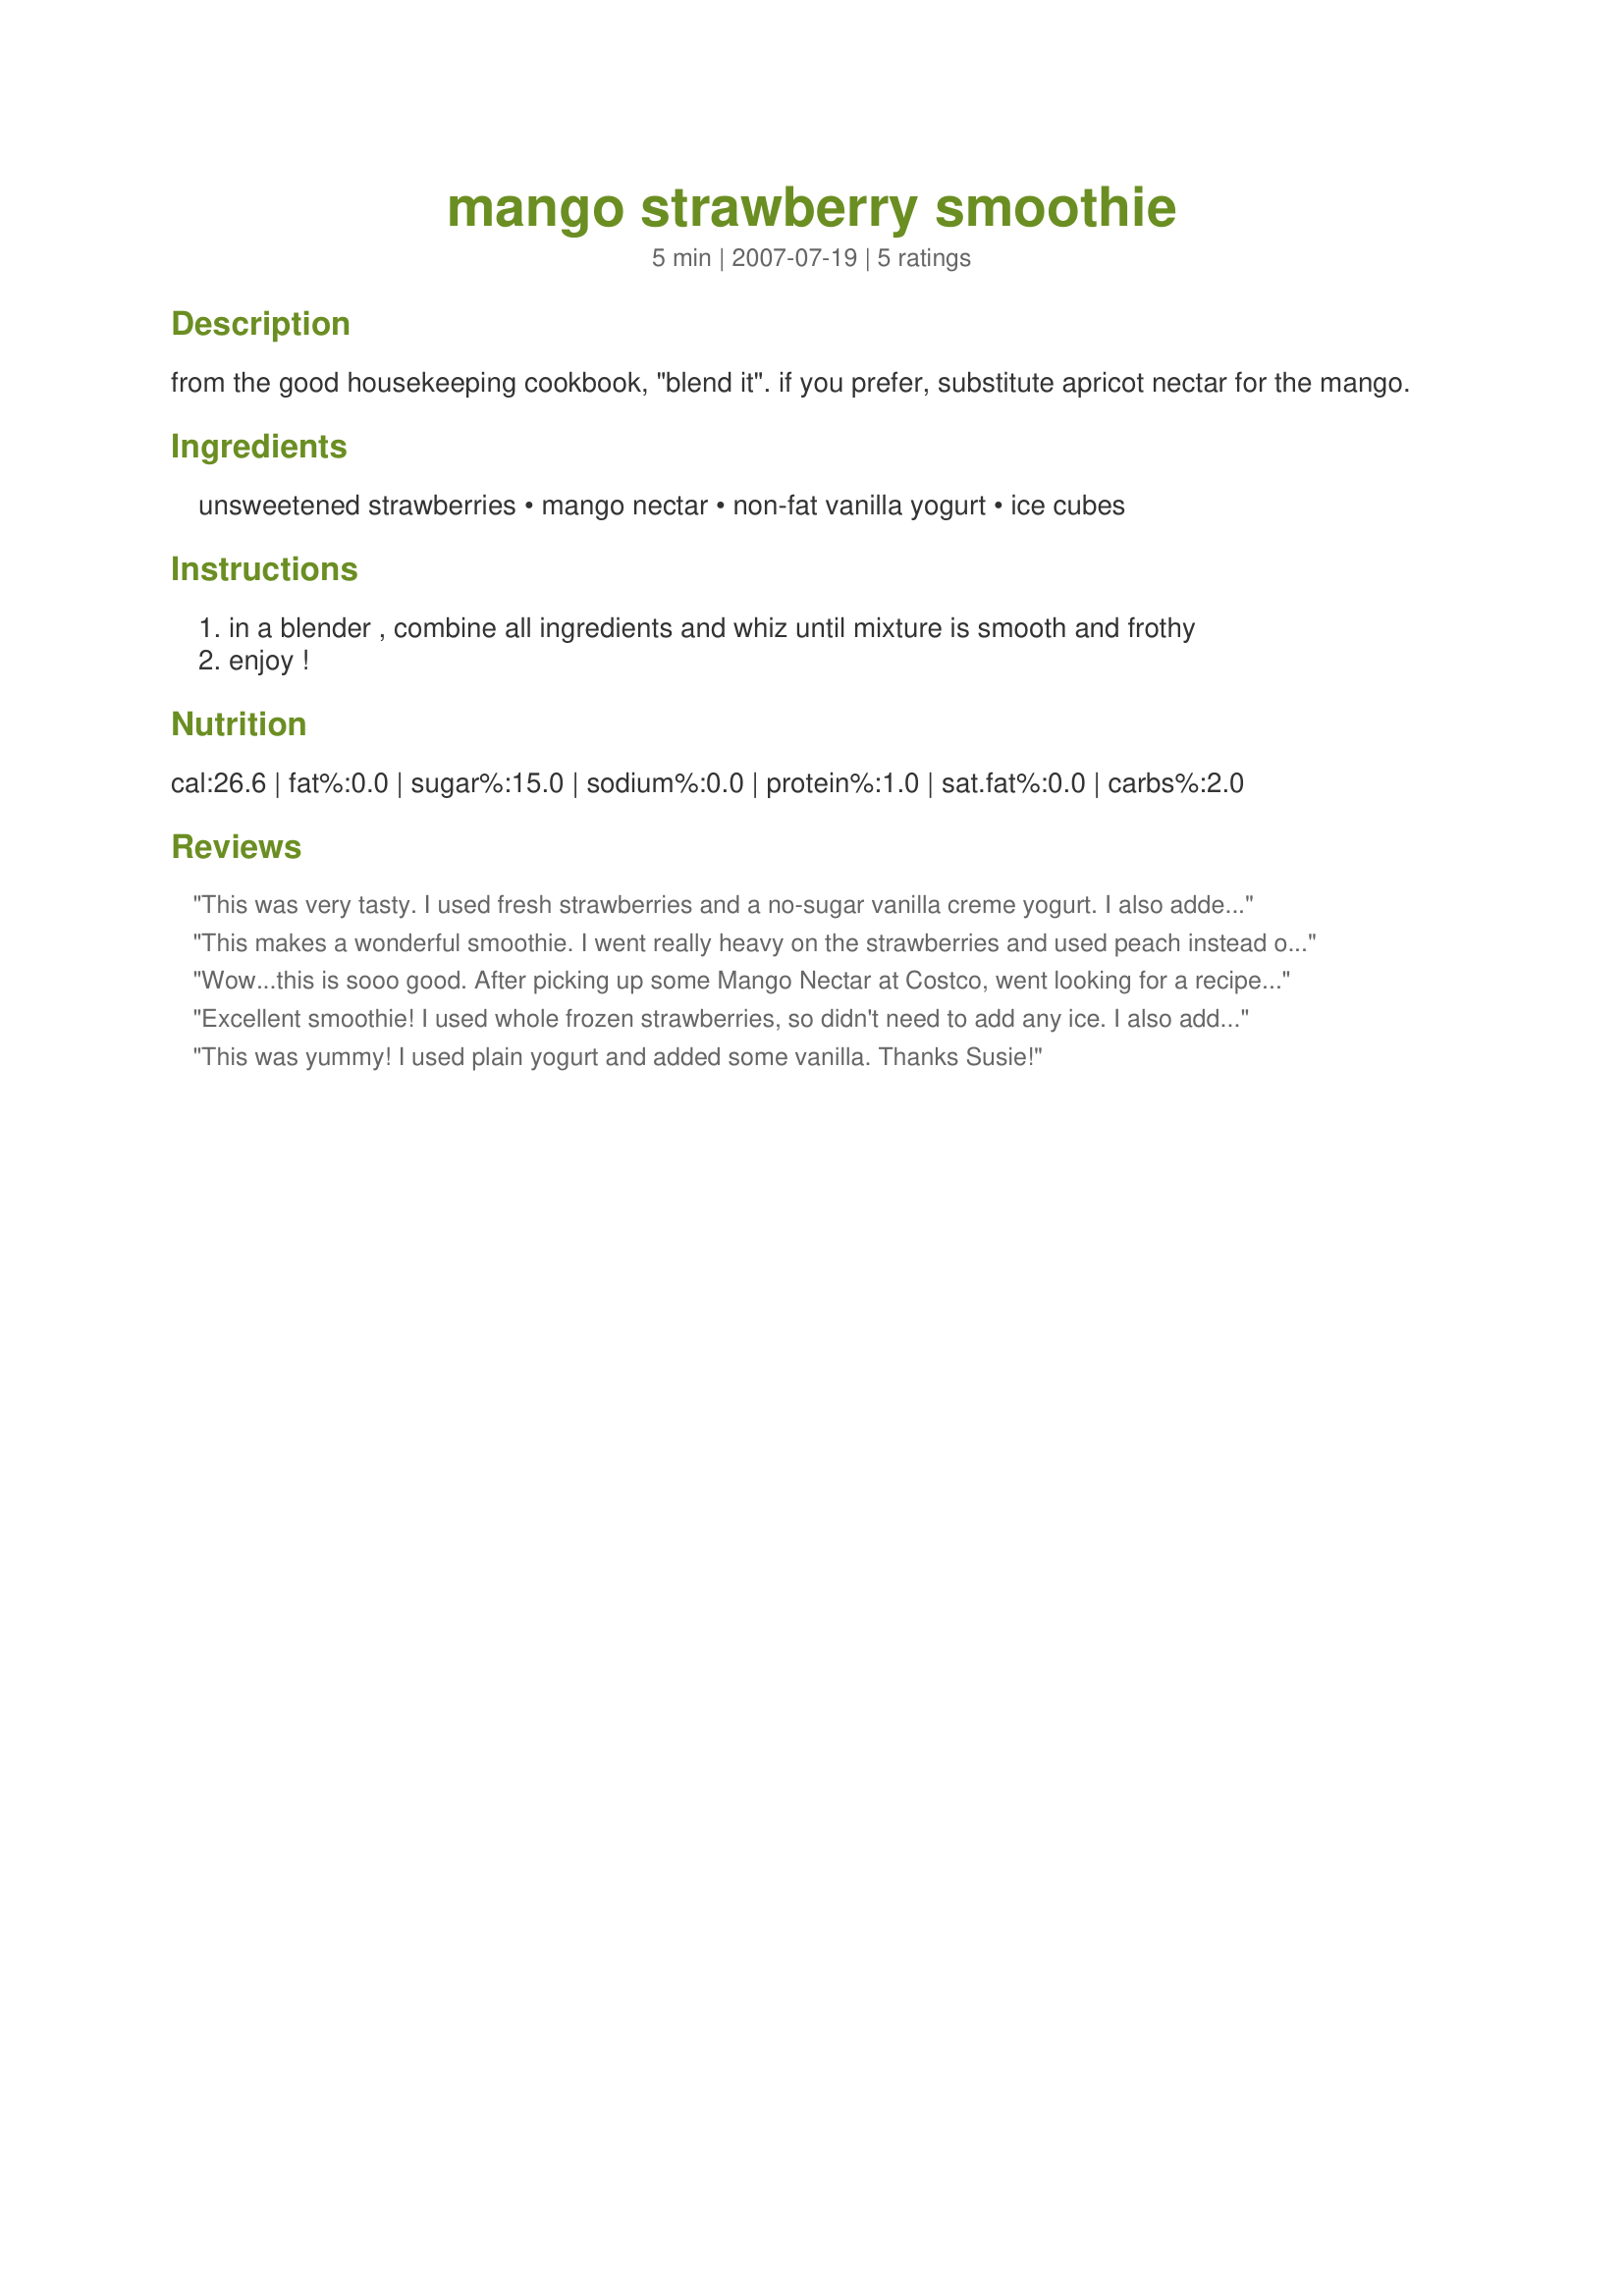
mango strawberry smoothie
Preparation time: 5 minutes

from the good housekeeping cookbook, "blend it". if you prefer, substitute apricot nectar for the mango.

Ingredients:
unsweetened strawberries, mango nectar, non-fat vanilla yogurt, ice cubes

Steps:
in a blender , combine all ingredients and whiz until mixture is smooth and frothy
enjoy !

Reviews:
This was very tasty. I used fresh strawberries and a no-sugar vanilla creme yogurt. I also added a few more ice cubes than the recipe called for. Made a great breakfast treat.
This makes a wonderful smoothie. I went really heavy on the strawberries and used peach instead of Mango nectar. The result was wonderful! Thank you SQ!
Wow...this is sooo good. After picking up some Mango Nectar at Costco, went looking for a recipe that incorporated this juice. I didn't have any mango's in the house and so was very happy to come across yours that incorporated strawberries. I used frozen and so omitted the icecubes per your suggestion. I doubled this recipe as i was sharing. Thanks for a yummy keeper Susie!~
Excellent smoothie! I used whole frozen strawberries, so didn't need to add any ice. I also added one good heaping tablespoon of wheat germ before blending. I used mango this time, but love apricot nectar, so will try that too. Thanks for a keeper!
This was yummy! I used plain yogurt and added some vanilla. Thanks Susie!
